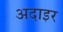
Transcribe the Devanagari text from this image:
अदाइर